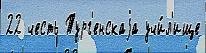
22 честь Тург'енскаjа учи́л'ище